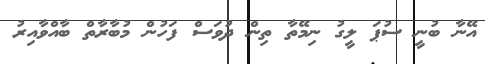
އޭނާ ބުނީ ސުޕަ ލީގު ނިމޭތާ ތިން ދުވަސް ފަހުން މުބާރާތް ބާއްވާއިރު